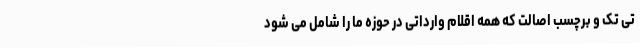
تی‌ تک و برچسب اصالت که همه اقلام وارداتی در حوزه ما را شامل می‌ شود